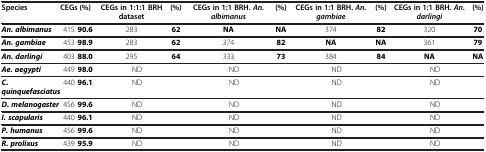
| Species | CEGs | (%) | CEGs in 1:1:1 BRH dataset | (%) | CEGs in 1:1 BRH.An. albimanus | (%) | CEGs in 1:1 BRH.An. gambiae | (%) | CEGs in 1:1 BRH.An. darlingi | (%) |
 | --- | --- | --- | --- | --- | --- | --- | --- | --- | --- | --- |
 | An. albimanus | 415 | 90.6 | 283 | 62 | NA | NA | 374 | 82 | 320 | 70 |
 | An. gambiae | 453 | 98.9 | 283 | 62 | 374 | 82 | NA | NA | 361 | 79 |
 | An. darlingi | 403 | 88.0 | 295 | 64 | 333 | 73 | 384 | 84 | NA | NA |
 | Ae. aegypti | 449 | 98.0 | <COLSPAN=2> ND | <COLSPAN=2> ND | <COLSPAN=2> ND | <COLSPAN=2> ND |
 | C. quinquefasciatus | 440 | 96.1 | <COLSPAN=2> ND | <COLSPAN=2> ND | <COLSPAN=2> ND | <COLSPAN=2> ND |
 | D. melanogaster | 456 | 99.6 | <COLSPAN=2> ND | <COLSPAN=2> ND | <COLSPAN=2> ND | <COLSPAN=2> ND |
 | I. scapularis | 440 | 96.1 | <COLSPAN=2> ND | <COLSPAN=2> ND | <COLSPAN=2> ND | <COLSPAN=2> ND |
 | P. humanus | 456 | 99.6 | <COLSPAN=2> ND | <COLSPAN=2> ND | <COLSPAN=2> ND | <COLSPAN=2> ND |
 | R. prolixus | 439 | 95.9 | <COLSPAN=2> ND | <COLSPAN=2> ND | <COLSPAN=2> ND | <COLSPAN=2> ND |